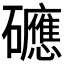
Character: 𥗡